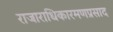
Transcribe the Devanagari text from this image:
राजाराधिकारमणप्रसाद